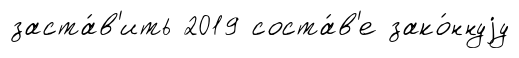
заста́в'ить 2019 соста́в'е зако́ннуjу